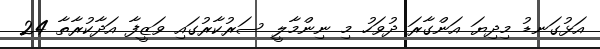
އަޅުގަނޑު މިދިޔަ އަންގާރަ ދުވަހު މި ނިންމާލީ ސަރުކާރުގައި ވަޒީފާ އަދާކުރާތާ 24